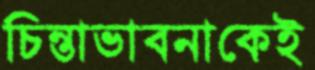
চিন্তাভাবনাকেই